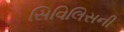
સિવિલિસની